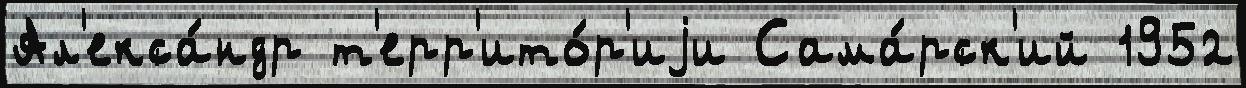
Ал'екса́ндр т'ерр'ито́р'иjи Сама́рск'ий 1952